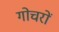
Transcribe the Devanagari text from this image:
गोचरों